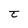
Character: t